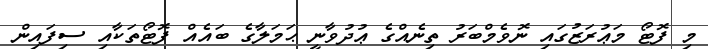
މި ފޮޓޯ މަޢުރަޒުގައި ނޮވެމްބަރު ތިނެއްގެ ޢުދުވާނީ ޙަމަލާގެ ބައެއް ފޮޓޯތަކާއި ސިފައިން